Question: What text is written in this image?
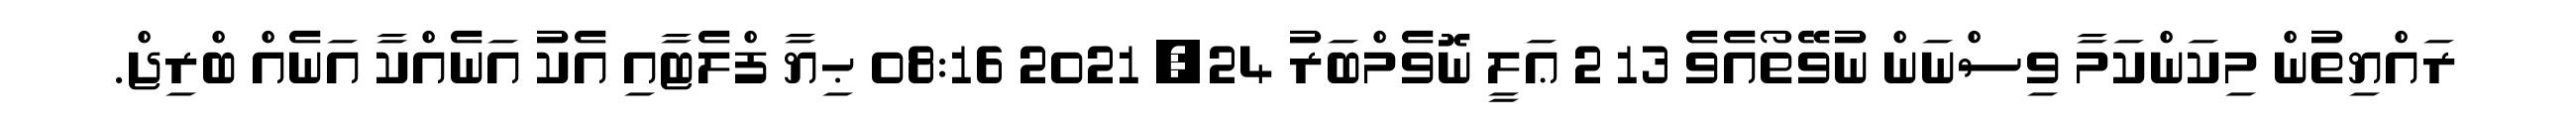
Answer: ރައްޔިތުން މިކަންކަމާ ވިސްނަން ނުވޭތޯއެވެ 13 2 ޢަލީ ނޮވެމްބަރު 24, 2021 08:16 ޙިޔާ ފްލެޓާއި އެކު އަނެއްކާ އަނެއް ބްރިޖް.